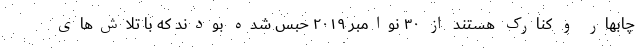
چابهار و کنارک هستند از ۳۰ نوامبر ۲۰۱۹ حبس شده بودند که با تلاش‌های